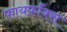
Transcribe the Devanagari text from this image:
फ़ायर्फ़ॉक्स